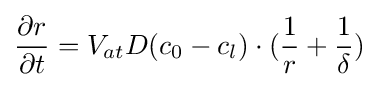
{\frac {\partial r}{\partial t}}=V_{at}D(c_{0}-c_{l})\cdot ({\frac {1}{r}}+{\frac {1}{\delta }})